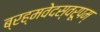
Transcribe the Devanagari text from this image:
ब्रह्मवेदस्वरूपम्